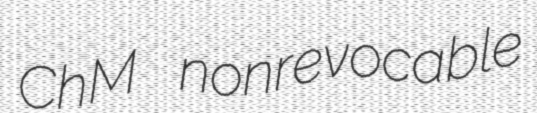
ChM nonrevocable